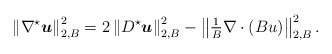
\begin{align*}\left\|\nabla^\star{ \boldsymbol u}\right\|_{2,B}^2=2\left\|D^\star{ \boldsymbol u}\right\|_{2,B}^2- \left\|\tfrac{1}{B}\nabla \cdot\left(B u \right)\right\|_{2,B}^2.\end{align*}